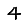
Digit: 4